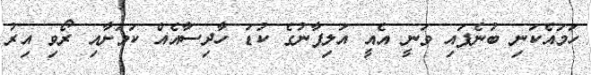
ހަމައެކަނި ބުނެފައި ވަނީ އެއީ އަލިފާނުގެ ކުޑަ ހާދިސާއެއް ކަމަށާއި ރޯވި އިރު